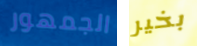
الجمهور بخير